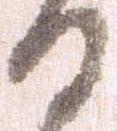
る